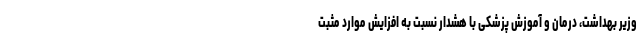
وزیر بهداشت، درمان و آموزش پزشکی با هشدار نسبت به افزایش موارد مثبت